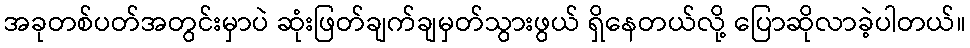
အခုတစ်ပတ်အတွင်းမှာပဲ ဆုံးဖြတ်ချက်ချမှတ်သွားဖွယ် ရှိနေတယ်လို့ ပြောဆိုလာခဲ့ပါတယ်။